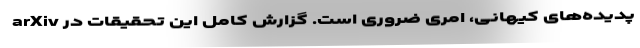
پدیده‌های کیهانی، امری ضروری است. گزارش کامل این تحقیقات در arXiv